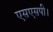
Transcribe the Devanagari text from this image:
एसएसपी।